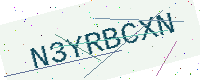
Text: N3YRBCXN